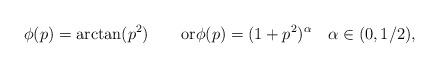
LaTeX: \begin{align*}\phi(p)=\arctan(p^{2})\qquad\mbox{or}\phi(p)=(1+p^{2})^{\alpha}\quad\alpha\in(0,1/2),\end{align*}